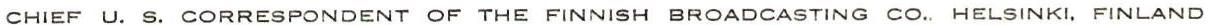
CHIEF U. S. CORRESPONDENT OF THE FINNISH BROADCASTING CO. HELSINKI. FINLAND